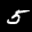
Label: 5